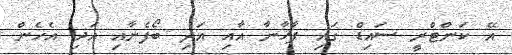
އޭ ކަންޓްރީ ސައިޑް ގައި ފާޚާނާ އާއި އަދި ބޯފެނާއި އަދި އެހެން